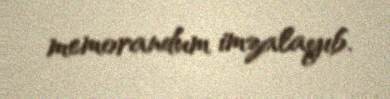
memorandum imzalayıb.